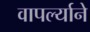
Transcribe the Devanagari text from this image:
वापर्ल्याने